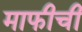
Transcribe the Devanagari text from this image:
माफीची